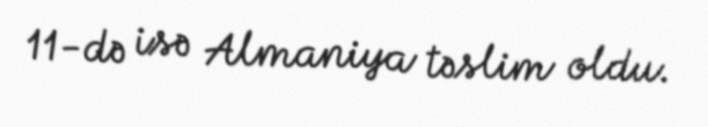
11-də isə Almaniya təslim oldu.